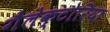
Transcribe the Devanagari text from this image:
गैलेक्टोरिया